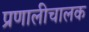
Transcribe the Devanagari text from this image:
प्रणालीचालक